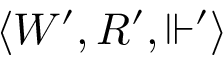
\langle W ^ { \prime } , R ^ { \prime } , \Vdash ^ { \prime } \rangle